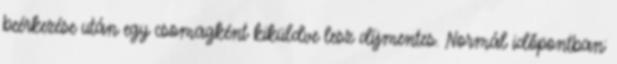
beérkezése után egy csomagként kiküldve lesz díjmentes. Normál időpontban: